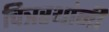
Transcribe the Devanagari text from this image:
चित्ररथांनी